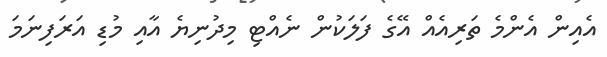
އެއިން އެންމެ ތަރިއެއް އޭގެ ފަލަކުން ނެއްޓި މިދުނިޔެ އާއި މުޑި އަރަފިނަމަ